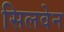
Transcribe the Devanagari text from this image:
सिलवेन